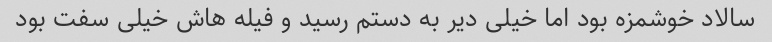
سالاد خوشمزه بود اما خیلی دیر به دستم رسید و فیله هاش خیلی سفت بود